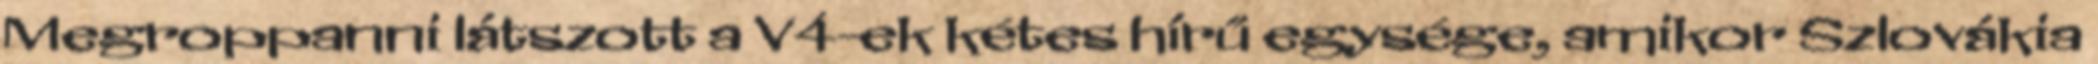
Megroppanni látszott a V4-ek kétes hírű egysége, amikor Szlovákia